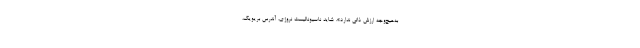
به‌هیچ‌وجه ارزش ذاتی ندارد». شاید ناسیونالیست نروژی، آندرس بریویک،